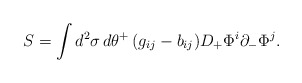
\begin{align*}S = \int d^2\sigma \, d\theta^+ \, (g_{ij} - b_{ij}) D_+ \Phi^i \partial_- \Phi^j.\end{align*}